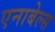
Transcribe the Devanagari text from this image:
एनाबेल्स